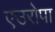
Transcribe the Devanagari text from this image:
एउरोपा